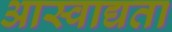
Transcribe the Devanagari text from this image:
आस्वाद्यता